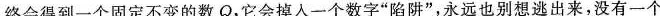
终会得到一个固定不变的数Q，它会掉入一个数字”陷阱”，永远也别想逃出来，没有一个